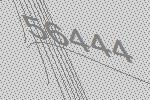
56444